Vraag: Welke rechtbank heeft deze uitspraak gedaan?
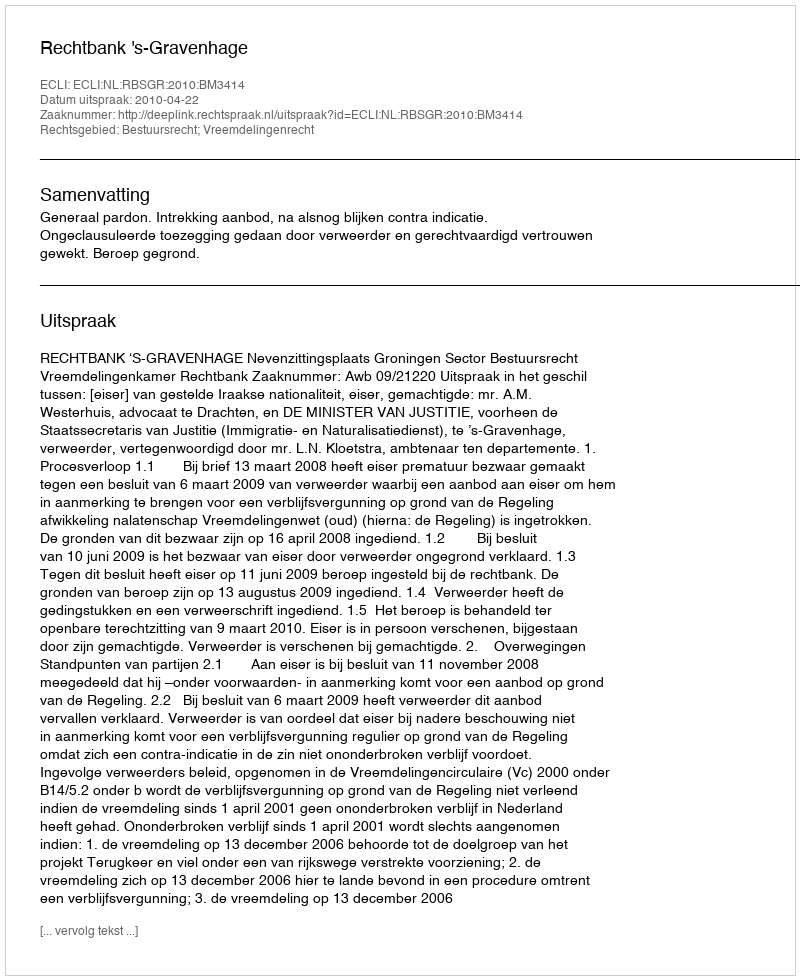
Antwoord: Rechtbank 's-Gravenhage